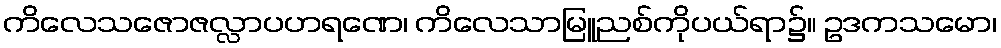
ကိလေသဇောဇလ္လာပဟရဏေ၊ ကိလေသာမြူညစ်ကိုပယ်ရာ၌။ ဥဒကသမော၊